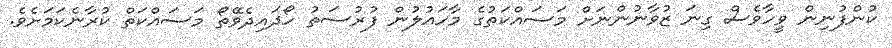
ކުންފުނިން ވީހާވެެސް ގިނަ ޒުވާނުންނަށް މަސައްކަތުގެ މާހައުލުން ފުރުސަތު ހޯދައިދެވޭތޯ މަސައްކަތް ކުރާނެކަމަށެވެ.